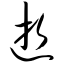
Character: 逝